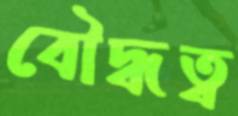
বৌদ্ধত্ব